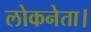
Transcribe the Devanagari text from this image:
लोकनेता।